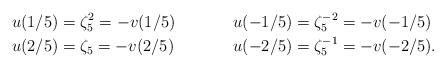
LaTeX: \begin{align*}u(1/5) & =\zeta_5^2=-v(1/5) & u(-1/5) & =\zeta_5^{-2} = -v(-1/5)\\u(2/5) & =\zeta_5=-v(2/5) & u(-2/5) & =\zeta_5^{-1} = -v(-2/5).\end{align*}